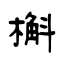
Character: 槲